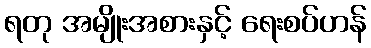
ရတု အမျိုးအစားနှင့် ရေးစပ်ဟန်